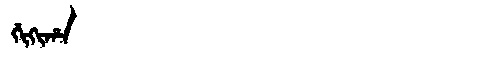
Manchu: ᡤᡳᡴᡳᡥᠠ
Romanization: GIKIHA